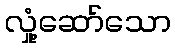
လှုံ့ဆော်သော